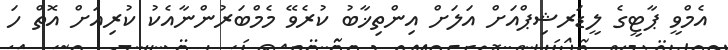
އެމްވީ ޕާޓީގެ ލީޑަރޝިޕްއަށް އަލަށް އިންތިޚާބު ކުރެވޭ މެމްބަރުންނާއެކު ކުރިއަށް އޮތް ހަ